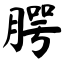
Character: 腭